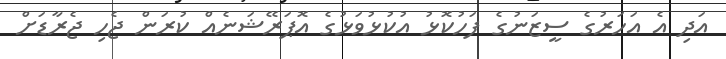
އަދި އެ އަހަރުގެ ސީޒަނުގެ ފަހުކޮޅު އުކުޅުވަޅުގެ އޮޕަރޭޝަނެއް ކުރަން ޖެހި ޖެރާޑަށް